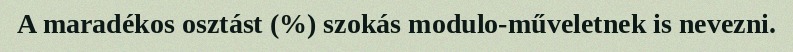
A maradékos osztást (%) szokás modulo-műveletnek is nevezni.